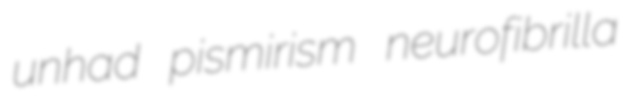
unhad pismirism neurofibrilla